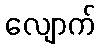
လျောက်